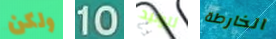
ولكن 10 لتوليد الخارطة